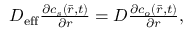
\begin{array} { r } { D _ { \mathrm { e f f } } \frac { \partial c _ { s } ( \bar { r } , t ) } { \partial r } = D \frac { \partial c _ { o } ( \bar { r } , t ) } { \partial r } , } \end{array}